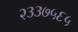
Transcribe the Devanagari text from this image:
२३३७५६५